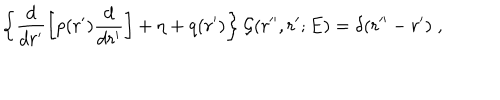
LaTeX: \left\{ \frac { d } { d r ^ { \prime } } \left[ p ( r ^ { \prime } ) \frac { d } { d r ^ { \prime } } \right] + \eta + q ( r ^ { \prime } ) \right\} { \mathcal G } ( r ^ { \prime \prime } , r ^ { \prime } ; E ) = \delta ( r ^ { \prime \prime } - r ^ { \prime } ) \; ,